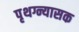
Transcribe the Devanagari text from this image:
पृथग्न्यासक